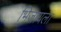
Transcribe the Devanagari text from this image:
भिजायला